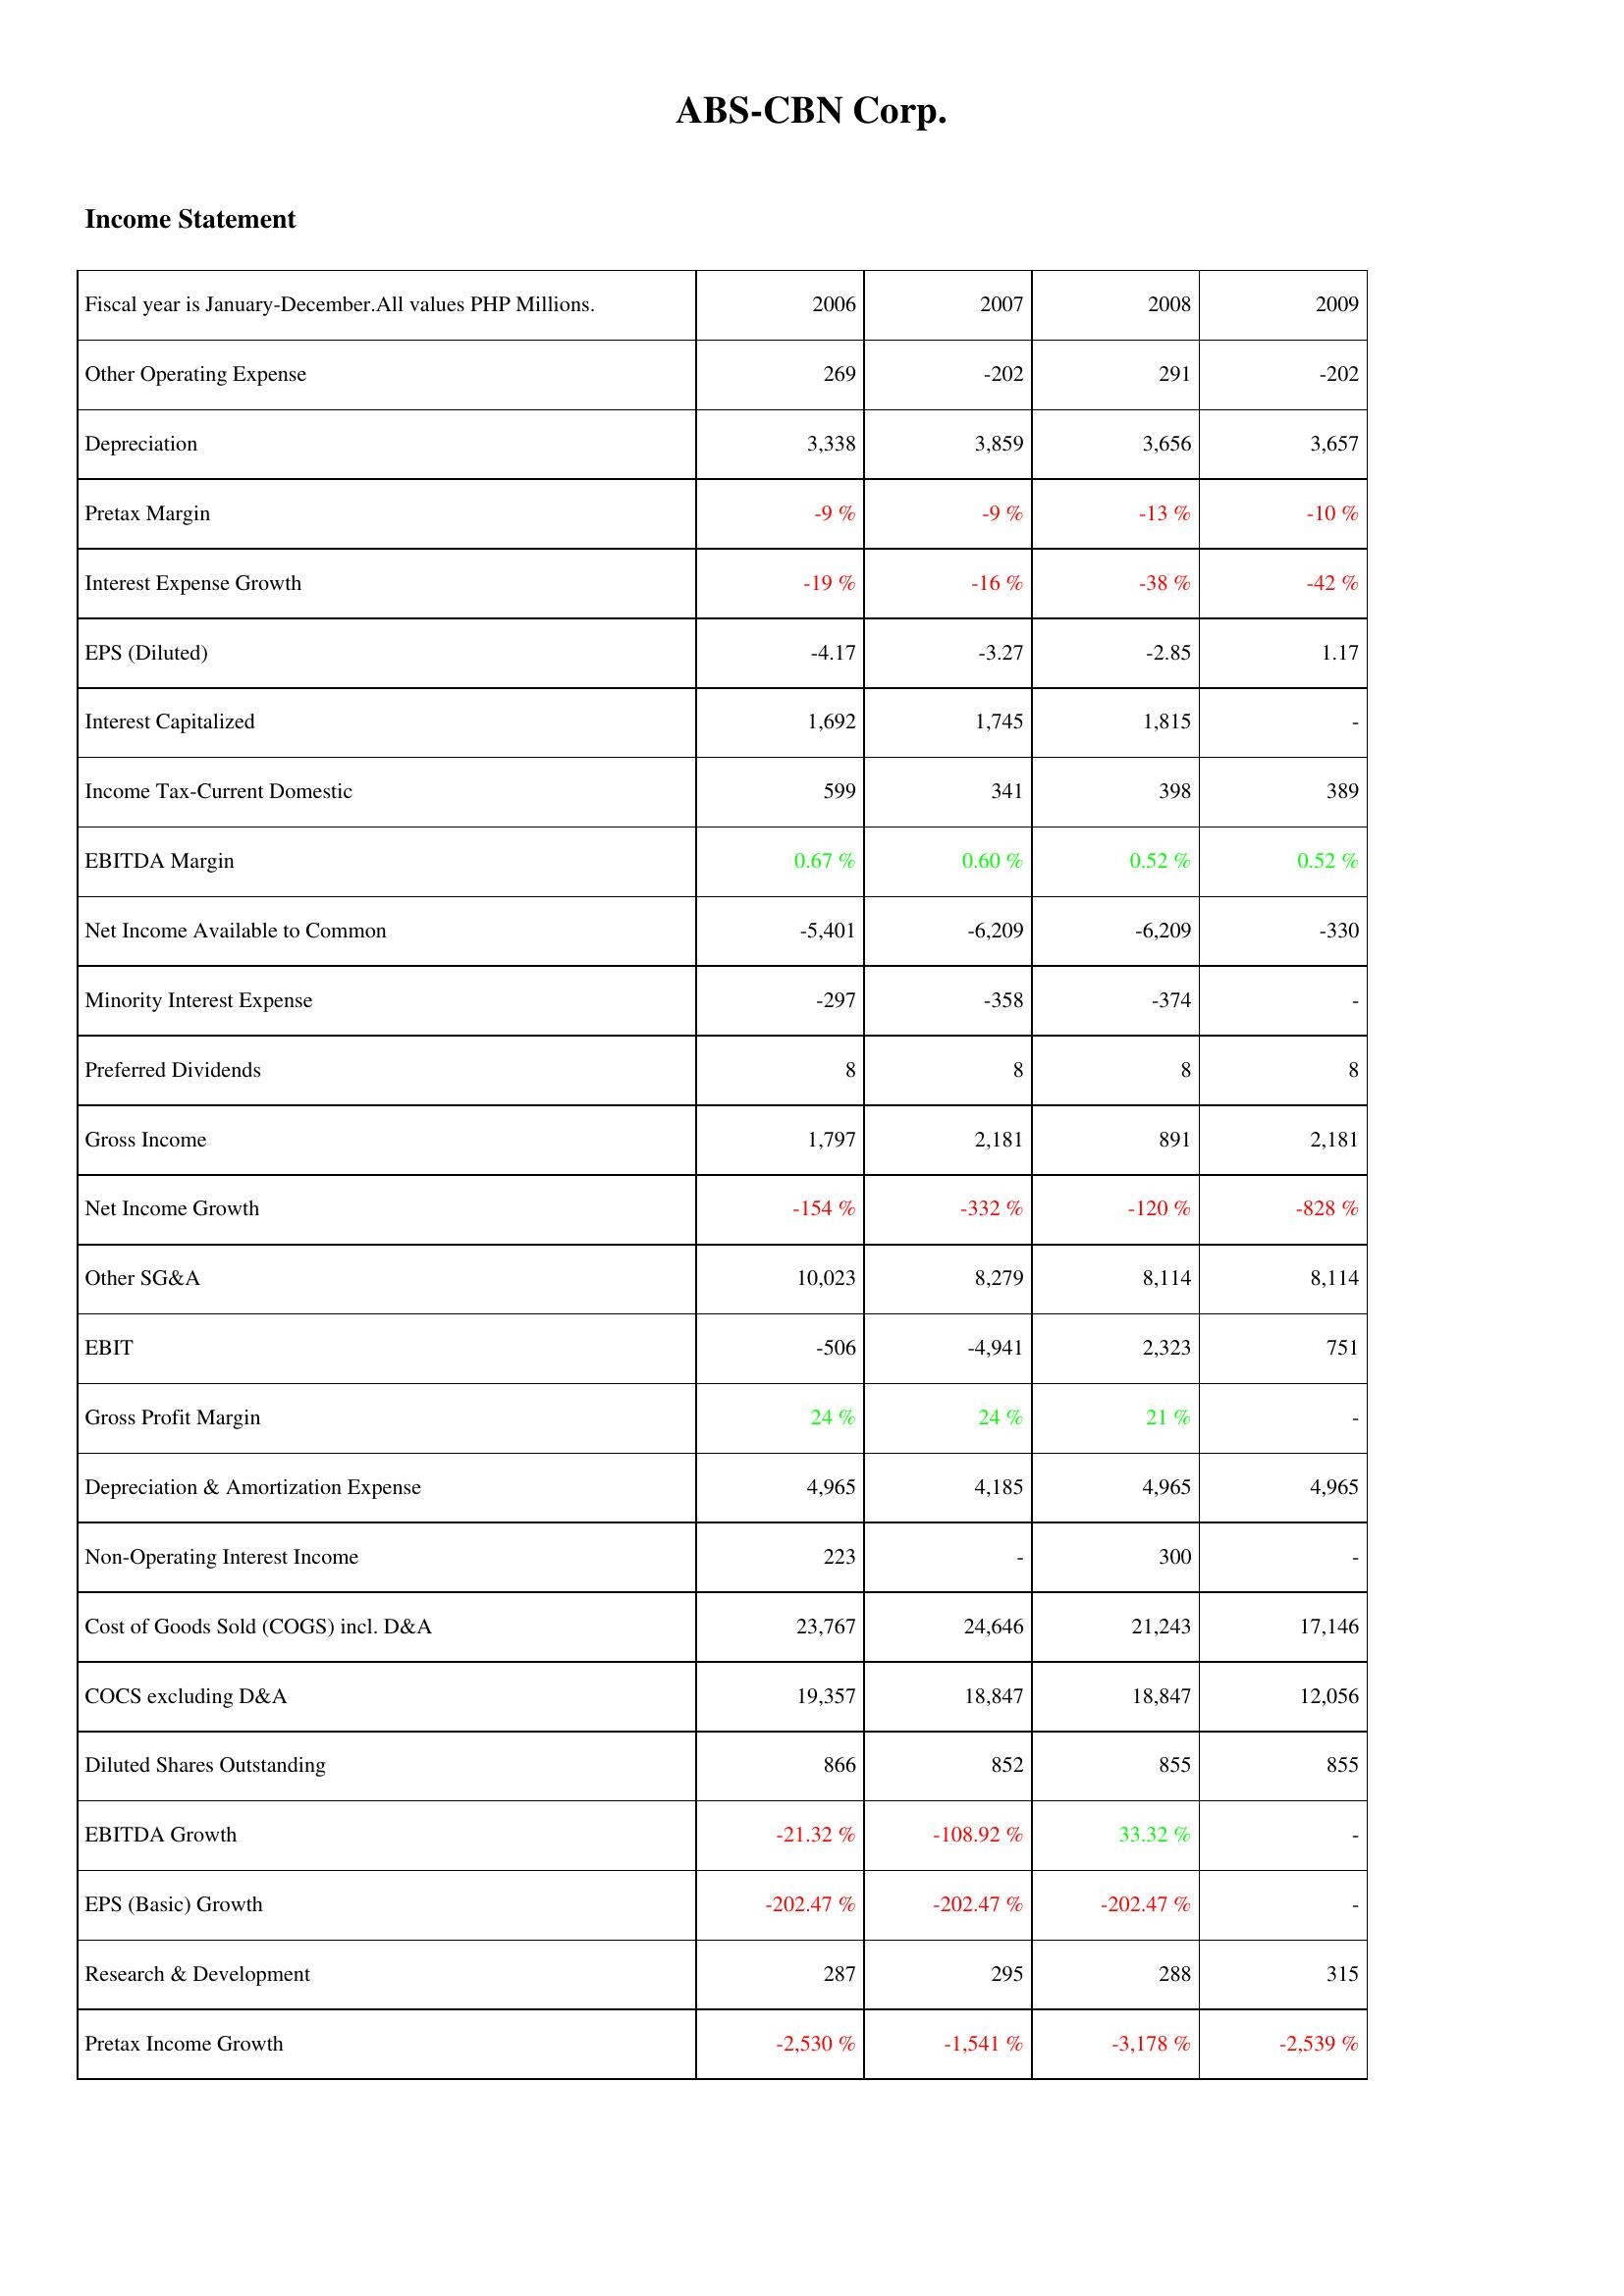
2006: Income Statement: Other Operating Expense: 269
Depreciation: 3,338
Pretax Margin: -9 %
Interest Expense Growth: -19 %
EPS (Diluted): -4.17
Interest Capitalized: 1,692
Income Tax-Current Domestic: 599
EBITDA Margin: 0.67 %
Net Income Available to Common: -5,401
Minority Interest Expense: -297
Preferred Dividends: 8
Gross Income: 1,797
Net Income Growth: -154 %
Other SG&A: 10,023
EBIT: -506
Gross Profit Margin: 24 %
Depreciation & Amortization Expense: 4,965
Non-Operating Interest Income: 223
Cost of Goods Sold (COGS) incl. D&A: 23,767
COCS excluding D&A: 19,357
Diluted Shares Outstanding: 866
EBITDA Growth: -21.32 %
EPS (Basic) Growth: -202.47 %
Research & Development: 287
Pretax Income Growth: -2,530 %
2007: Income Statement: Other Operating Expense: -202
Depreciation: 3,859
Pretax Margin: -9 %
Interest Expense Growth: -16 %
EPS (Diluted): -3.27
Interest Capitalized: 1,745
Income Tax-Current Domestic: 341
EBITDA Margin: 0.60 %
Net Income Available to Common: -6,209
Minority Interest Expense: -358
Preferred Dividends: 8
Gross Income: 2,181
Net Income Growth: -332 %
Other SG&A: 8,279
EBIT: -4,941
Gross Profit Margin: 24 %
Depreciation & Amortization Expense: 4,185
Non-Operating Interest Income: -
Cost of Goods Sold (COGS) incl. D&A: 24,646
COCS excluding D&A: 18,847
Diluted Shares Outstanding: 852
EBITDA Growth: -108.92 %
EPS (Basic) Growth: -202.47 %
Research & Development: 295
Pretax Income Growth: -1,541 %
2008: Income Statement: Other Operating Expense: 291
Depreciation: 3,656
Pretax Margin: -13 %
Interest Expense Growth: -38 %
EPS (Diluted): -2.85
Interest Capitalized: 1,815
Income Tax-Current Domestic: 398
EBITDA Margin: 0.52 %
Net Income Available to Common: -6,209
Minority Interest Expense: -374
Preferred Dividends: 8
Gross Income: 891
Net Income Growth: -120 %
Other SG&A: 8,114
EBIT: 2,323
Gross Profit Margin: 21 %
Depreciation & Amortization Expense: 4,965
Non-Operating Interest Income: 300
Cost of Goods Sold (COGS) incl. D&A: 21,243
COCS excluding D&A: 18,847
Diluted Shares Outstanding: 855
EBITDA Growth: 33.32 %
EPS (Basic) Growth: -202.47 %
Research & Development: 288
Pretax Income Growth: -3,178 %
2009: Income Statement: Other Operating Expense: -202
Depreciation: 3,657
Pretax Margin: -10 %
Interest Expense Growth: -42 %
EPS (Diluted): 1.17
Interest Capitalized: -
Income Tax-Current Domestic: 389
EBITDA Margin: 0.52 %
Net Income Available to Common: -330
Minority Interest Expense: -
Preferred Dividends: 8
Gross Income: 2,181
Net Income Growth: -828 %
Other SG&A: 8,114
EBIT: 751
Gross Profit Margin: -
Depreciation & Amortization Expense: 4,965
Non-Operating Interest Income: -
Cost of Goods Sold (COGS) incl. D&A: 17,146
COCS excluding D&A: 12,056
Diluted Shares Outstanding: 855
EBITDA Growth: -
EPS (Basic) Growth: -
Research & Development: 315
Pretax Income Growth: -2,539 %